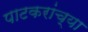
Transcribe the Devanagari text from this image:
पाटकरांच्या